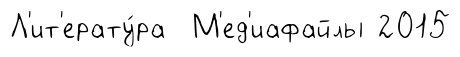
Л'ит'ерату́ра М'ед'иафайлы 2015